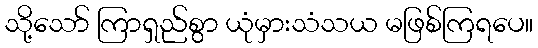
သို့သော် ကြာရှည်စွာ ယုံမှားသံသယ မဖြစ်ကြရပေ။